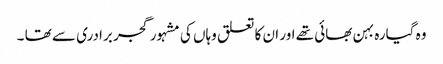
وہ گیارہ بہن بھائی تھے اور ان کا تعلق وہاں کی مشہور گجر برادری سے تھا ۔